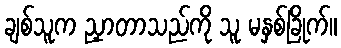
ချစ်သူက ညှာတာသည်ကို သူ မနှစ်ခြိုက်။